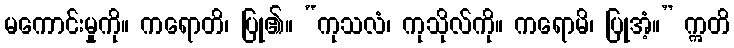
မကောင်းမှုကို။ ကရောတိ၊ ပြု၏။ “ကုသလံ၊ ကုသိုလ်ကို။ ကရောမိ၊ ပြုအံ့။” ဣတိ